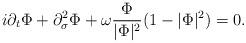
LaTeX: \begin{align*}i\partial_t \Phi+\partial_\sigma^2\Phi+\omega\frac{\Phi}{|\Phi|^2}(1-|\Phi|^2)=0.\end{align*}